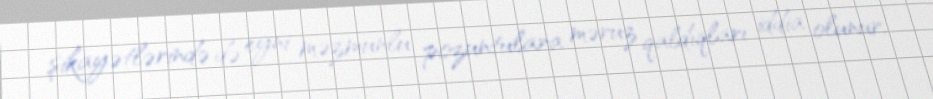
şikayətlərində də eyni məzmunlu pozuntulara məruz qaldıqları iddia olunur.